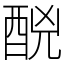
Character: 䣴